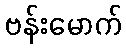
ဗန်းမောက်